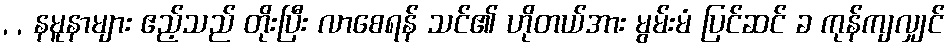
, , နမူနာများ ဧည့်သည် တိုးပြီး လာစေရန် သင်၏ ဟိုတယ်အား မွမ်းမံ ပြင်ဆင် ခ ကုန်ကျလျှင်